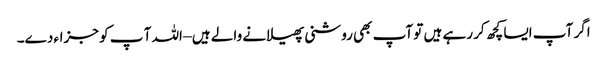
اگر آپ ایسا کچھ کر رہے ہیں تو آپ بھی روشنی پھیلانے والے ہیں – اللہ آ پ کو جزاء دے۔